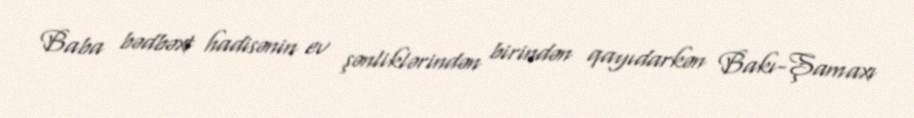
Baba bədbəxt hadisənin ev şənliklərindən birindən qayıdarkən Bakı-Şamaxı